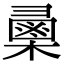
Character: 𢑯